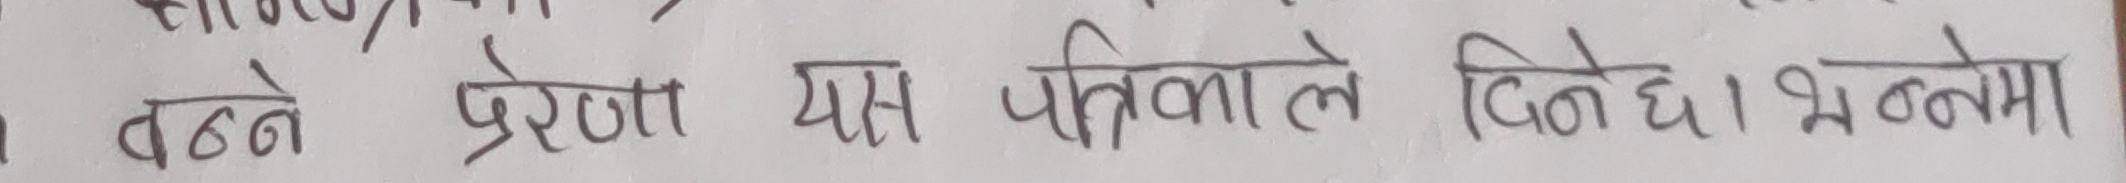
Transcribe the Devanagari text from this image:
बढ्ने प्रेरणा यस पत्रिकाले दिनेछ । भन्नेमा